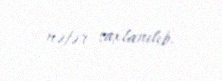
nəfər saxlanılıb.